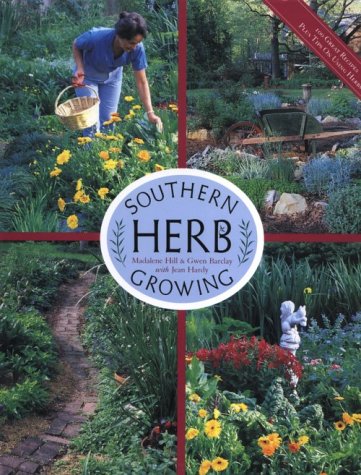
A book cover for Southern Herb Growing; Madalene Hill; Crafts, Hobbies & Home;